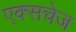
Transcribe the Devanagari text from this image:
एक्सचेज